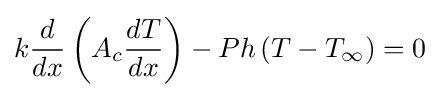
k{\frac {d}{dx}}\left(A_{c}{\frac {dT}{dx}}\right)-Ph\left(T-T_{\infty }\right)=0